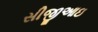
સીજીઆઇ